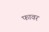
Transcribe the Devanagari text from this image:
फावर